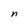
Character: n